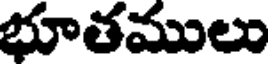
భూతములు